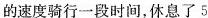
的速度骑行一段时间，休息了5